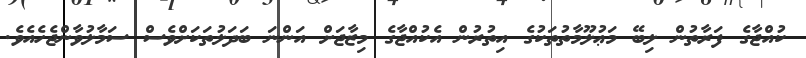
ކުއްޖާގެ ފަރާތުން ލިބޭ މަޢުލޫމާތުތަކުގެ އިތުރުން އެކުއްޖާގެ މިޒާޖަށް އަންނަ ބަދަލުތަކަށްވެސް ސަމާލުވާންޖެހެއެވެ.